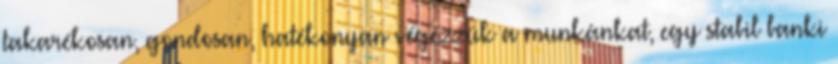
takarékosan, gondosan, hatékonyan végezzük a munkánkat, egy stabil banki